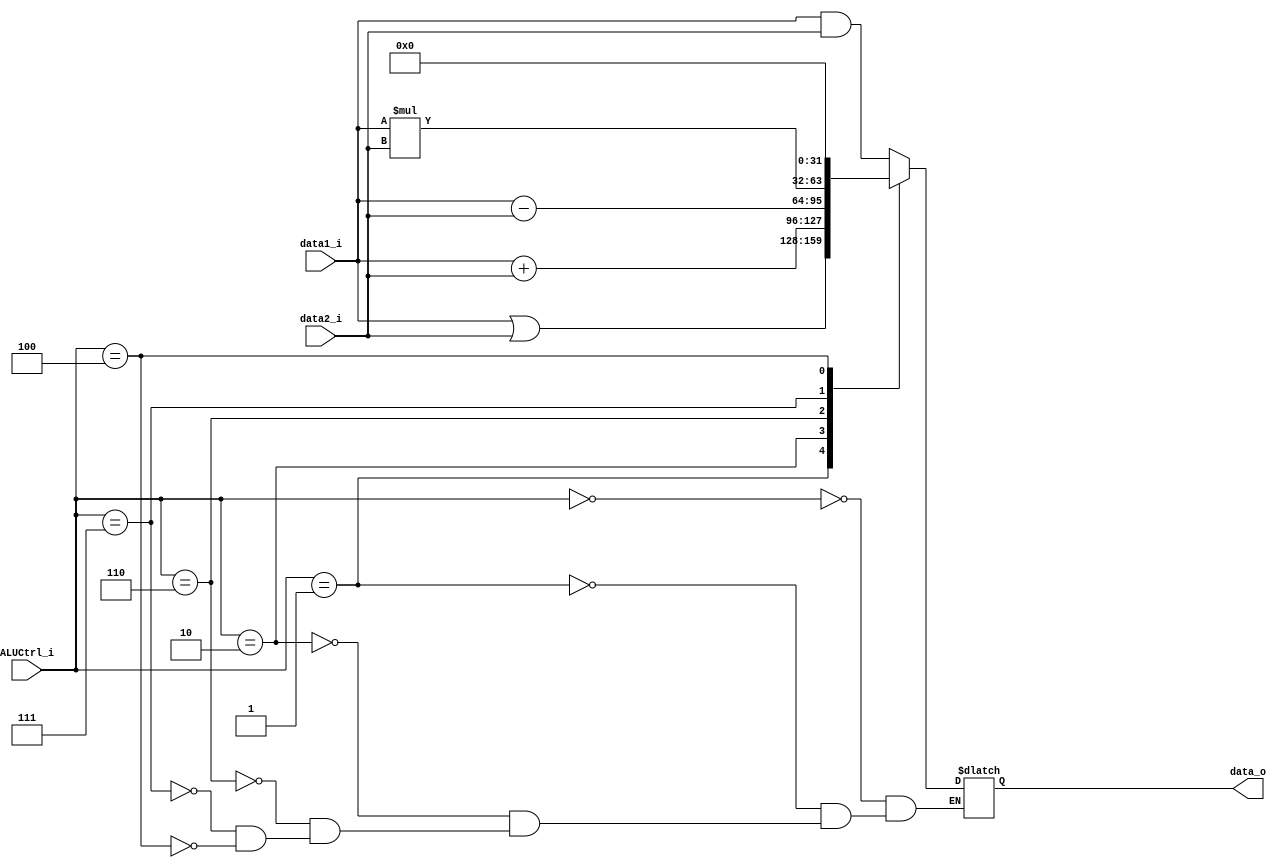
module ALU(
    data1_i,
    data2_i,
    ALUCtrl_i,
    data_o
);

input	[31:0]	data1_i, data2_i;
input	[2:0]	ALUCtrl_i;
output	[31:0]	data_o;

reg		[31:0]	result_temp;

assign	data_o = result_temp;

always@	(*)	begin
	case(ALUCtrl_i)
		3'b000:		// AND
			result_temp = data1_i & data2_i;
		3'b001:		// OR
			result_temp = data1_i | data2_i;
		3'b010:		// ADD
			result_temp = data1_i + data2_i;
		3'b110:		// SUBTRACT
			result_temp = data1_i - data2_i;
		3'b111:		// mul
			result_temp = data1_i * data2_i;
		3'b100:	        // nop
			result_temp = 32'b0;
	endcase
end

endmodule